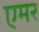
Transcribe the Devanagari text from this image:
एमर